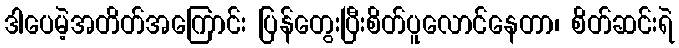
ဒါပေမဲ့အတိတ်အကြောင်း ပြန်တွေးပြီးစိတ်ပူလောင်နေတာ၊ စိတ်ဆင်းရဲ